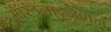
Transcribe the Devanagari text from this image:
मॉरडनाइजेशन